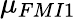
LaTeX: {\mu}_{FMI1}